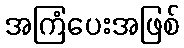
အကြံပေးအဖြစ်